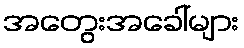
အတွေးအခေါ်များ